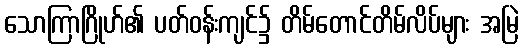
သောကြာဂြိုဟ်၏ ပတ်ဝန်းကျင်၌ တိမ်တောင်တိမ်လိပ်များ အမြဲ